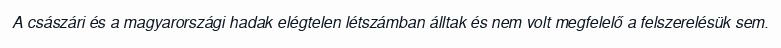
A császári és a magyarországi hadak elégtelen létszámban álltak és nem volt megfelelő a felszerelésük sem.